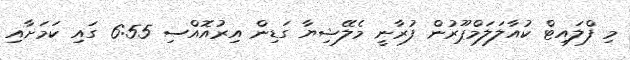
މި ފްލައިޓް ކުއާލަލަމްޕޫރުން ފުރާނީ މެލޭޝިޔާ ގަޑިން އިރުއޮއްސި 6:55 ގައި ކަމަށާއި